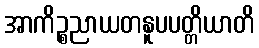
အာကိဉ္စညာယတနူပပတ္တိယာတိ